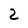
Character: 2